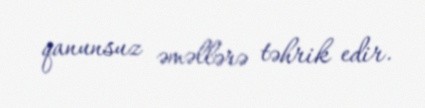
qanunsuz əməllərə təhrik edir.